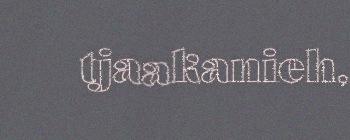
tjaakanieh,